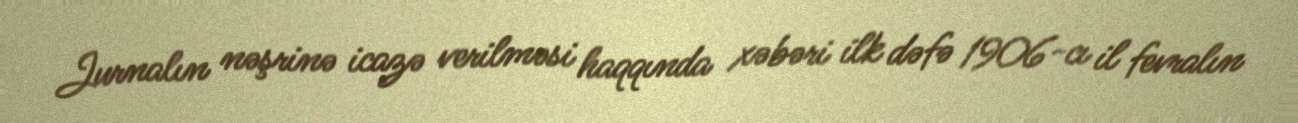
Jurnalın nəşrinə icazə verilməsi haqqında xəbəri ilk dəfə 1906-cı il fevralın